Vabadussoja_Ajaloo_Komitee, lk 26
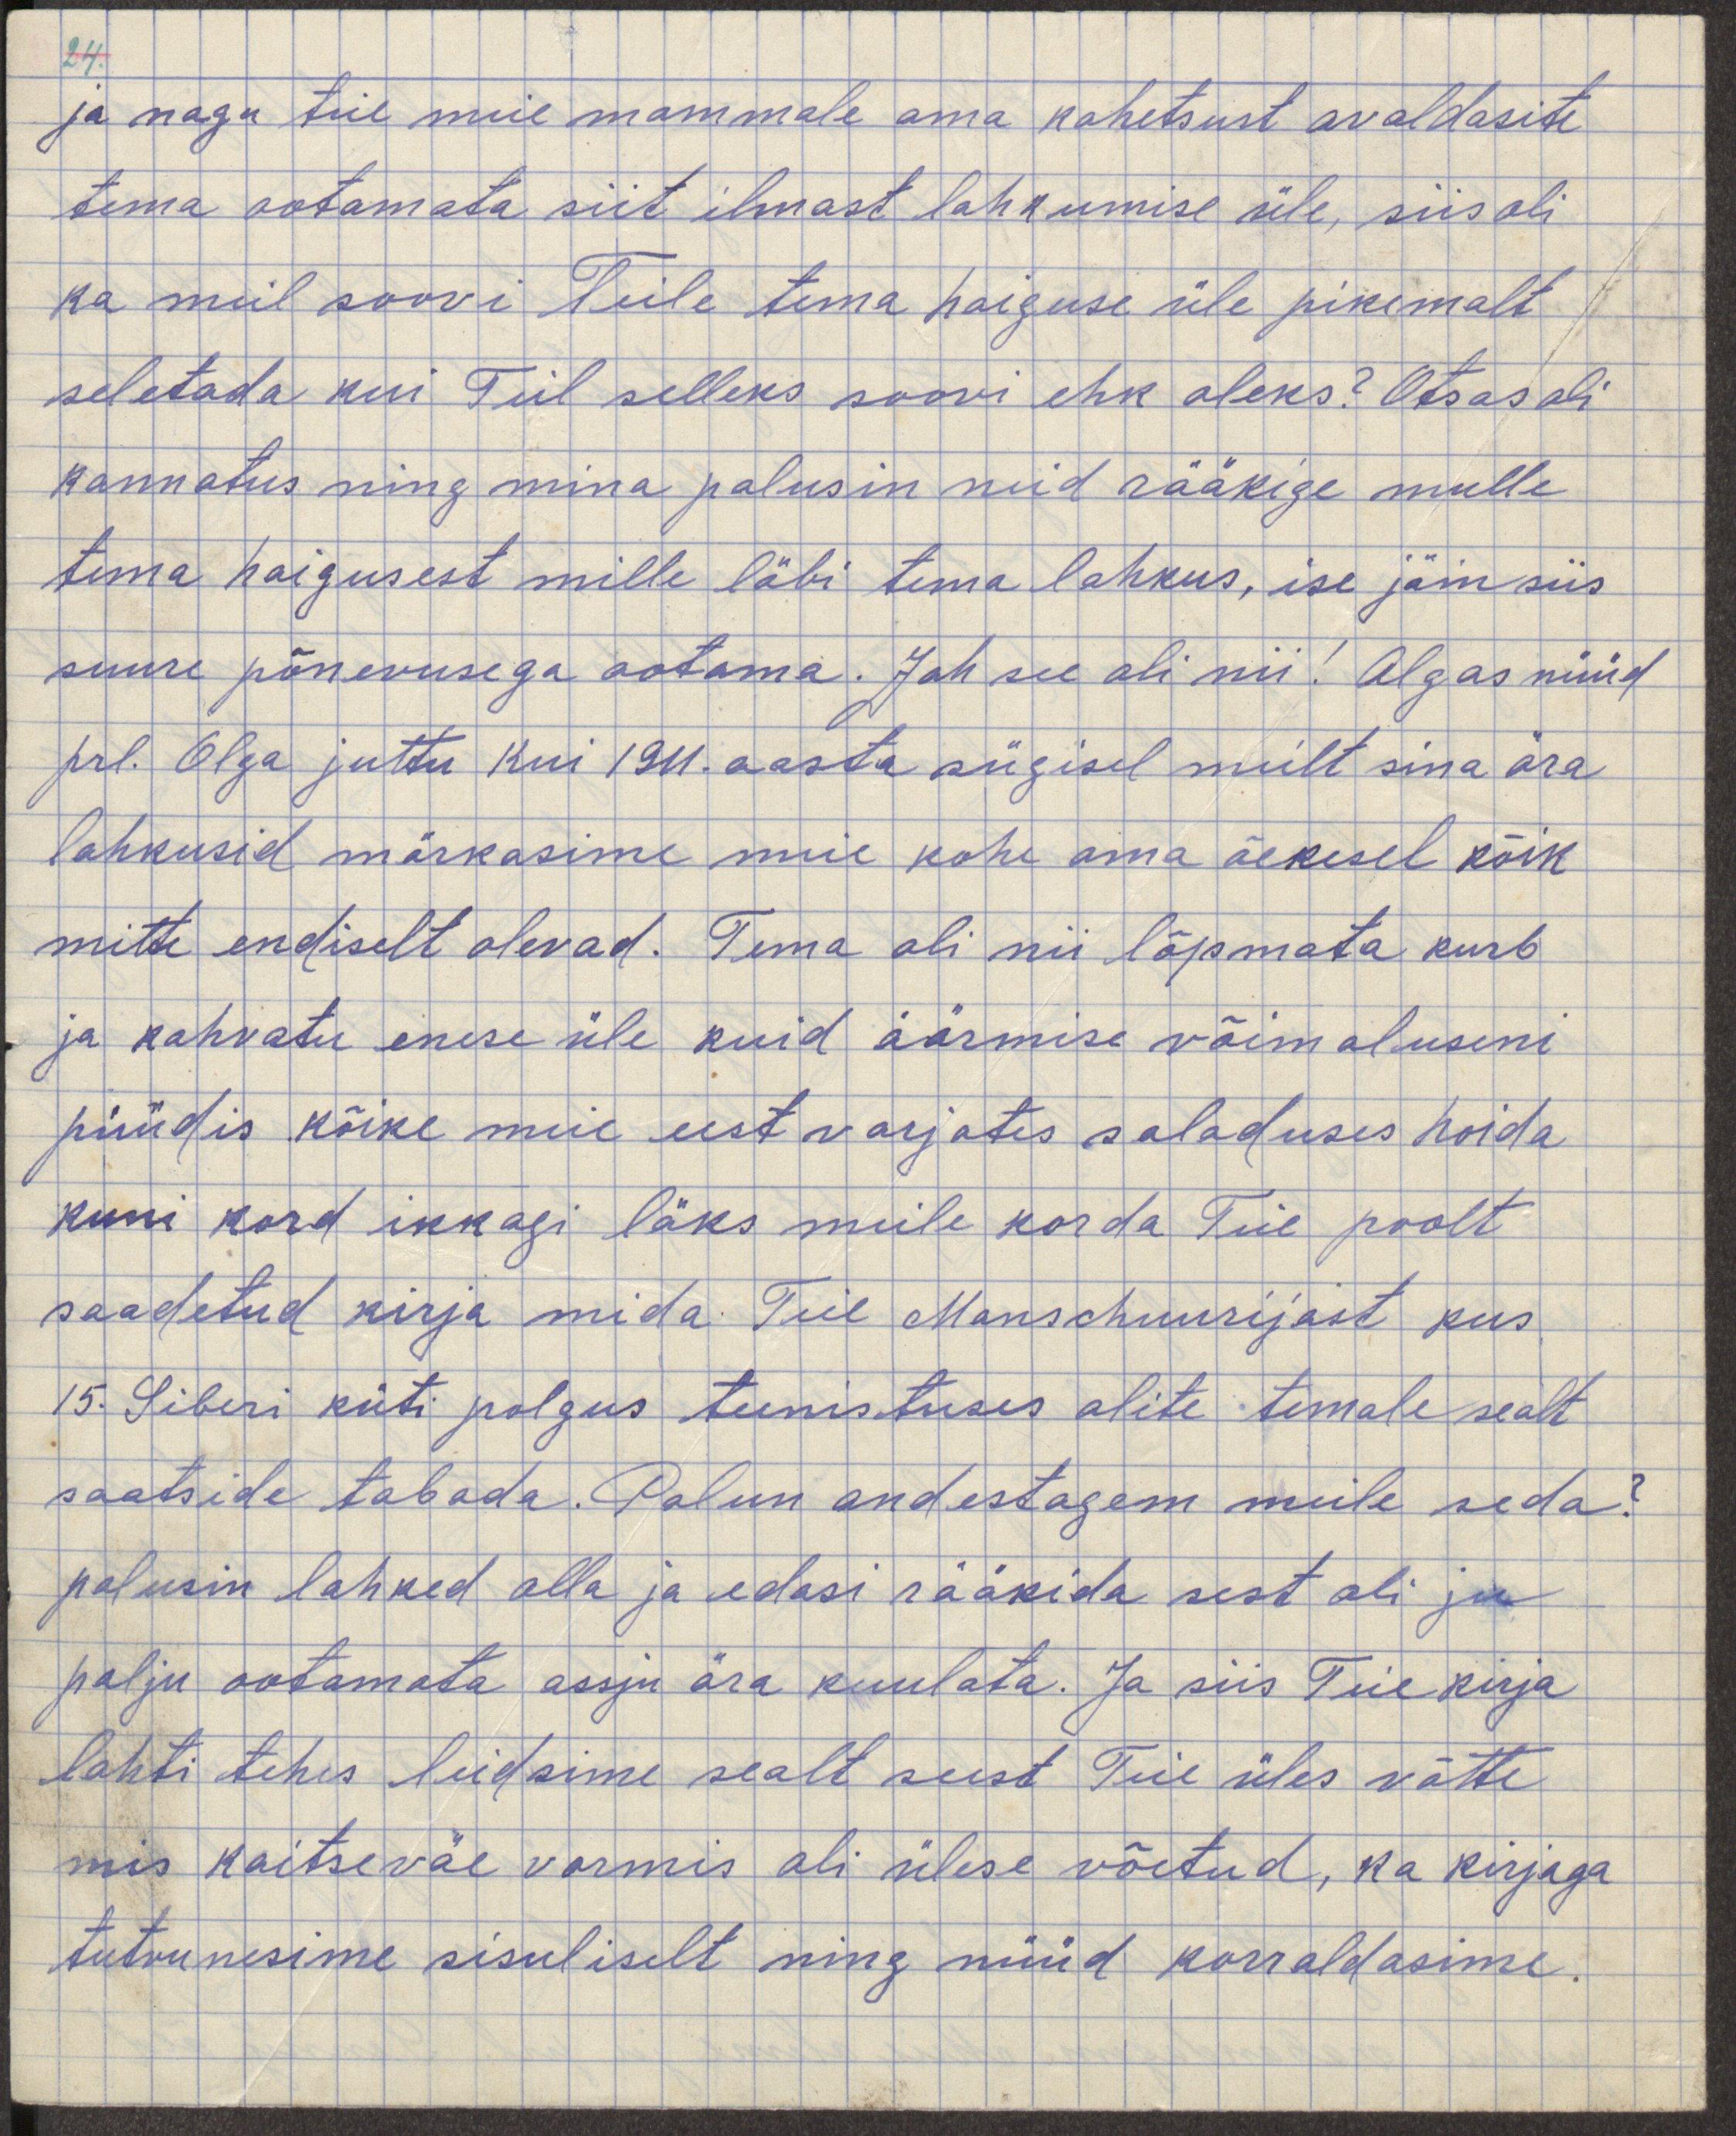
ja nagu teie meie mammale oma kahetsust avaldasite
tema ootamata siit ilmast lahkumise üle, siis oli
ka meil soovi Teile tema haiguse üle pikemalt
seletada kui Teil selleks soovi ehk oleks? Otsas oli
kannatus ning mina palusin neid rääkige mulle
tema haigusest mille läbi tema lahkus, ise jäin siis
suure põnevusega ootama. Jah see oli nii! Algas nüüd
prl. Olga jutt kui 1911. aasta sügisel meilt sina ära
lahkusid märkasime meie kohe oma õekesel kõik
mitte endiselt olevad. Tema oli nii lõpmata kurb
ja kahvatu enese üle kuid äärmise võimaluseni
püüdis kõike meie eest varjates saladuses hoida
kuni kord ikkagi läks meile korda Teie poolt
saadetud kirja mida Teie Manschuurijast kus
15. Siberi küti polgus teenistuses olite temale sealt
saatside tabada. Palun andestagem meile seda?
palusin lahked olla ja edasi rääkida sest oli ju
palju ootamata assju ära kuulata. Ja siis Teie kirja
lahti tehis leidsime sealt seest Teie üles võtte
mis kaitseväe vormis oli ülese võetud, ka kirjaga
tutvunesime sisuliselt ning nüüd korraldasime.